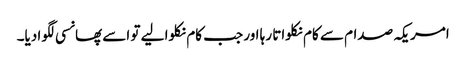
امریکہ صدام سے کام نکلواتا رہا اور جب کام نکلوا لیے تو اسے پھانسی لگوا دیا۔